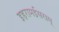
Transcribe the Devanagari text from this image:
इहरामईसराम्